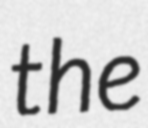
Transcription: the